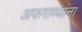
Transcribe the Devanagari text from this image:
अफगाण्यांना